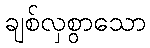
ချစ်လှစွာသော